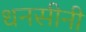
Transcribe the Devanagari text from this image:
धनसीनी